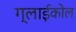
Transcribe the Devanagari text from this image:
ग्लाईकोल